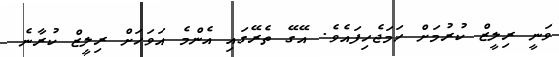
ވަނީ ރިލީޒް ކުރުމަށް ހަމަޖެހިފައެވެ. އޭގޭ ތެރޭގައި އެންމެ އަވަހަށް ރިލީޒް ކުރާނެ